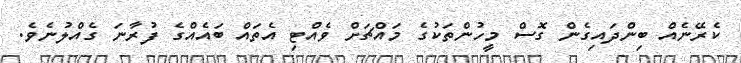
ކެރޭނެއް ބިންދައިގެން ގޮސް މީހުންތަކުގެ މައްޗަށް ވެއްޓި އެތައް ބައެއްގެ ފުރާނަ ގެއްލުނެވެ.